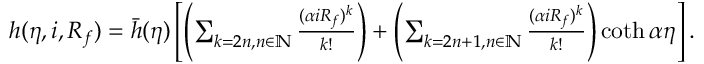
\begin{array} { r } { h ( \eta , i , R _ { f } ) = \bar { h } ( \eta ) \left[ \left( \sum _ { k = 2 n , n \in \mathbb { N } } \frac { ( \alpha i R _ { f } ) ^ { k } } { k ! } \right) + \left( \sum _ { k = 2 n + 1 , n \in \mathbb { N } } \frac { ( \alpha i R _ { f } ) ^ { k } } { k ! } \right) \coth { \alpha \eta } \right] . } \end{array}